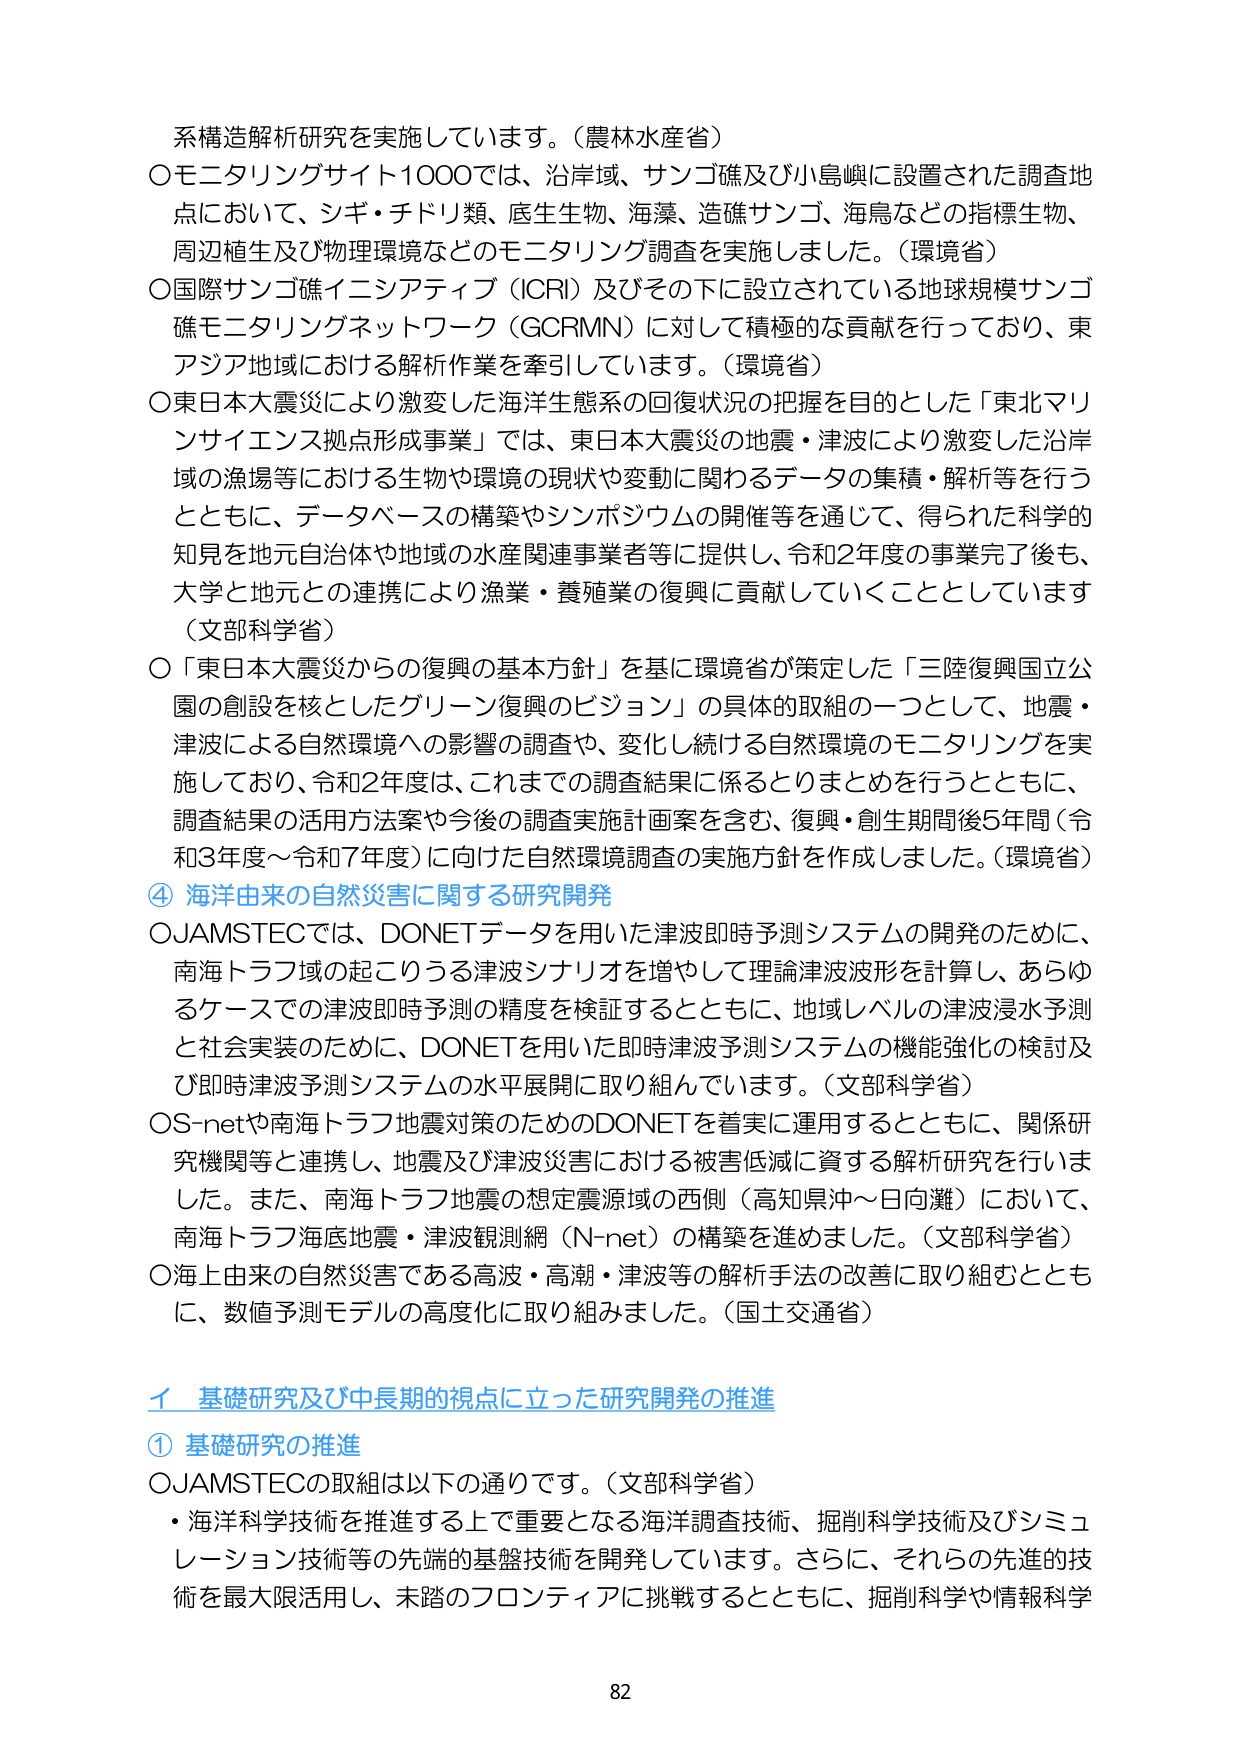
系構造解析研究を実施しています。（農林水産省）
○モニタリングサイト1000では、沿岸域、サンゴ礁及び小島嶼に設置された調査地点において、シギ・チドリ類、底生生物、海藻、造礁サンゴ、海鳥などの指標生物、周辺植生及び物理環境などのモニタリング調査を実施しました。（環境省）
○国際サンゴ礁イニシアティブ（ICRI）及びその下に設立されている地球規模サンゴ礁モニタリングネットワーク（GCRMN）に対して積極的な貢献を行っており、東アジア地域における解析作業を牽引しています。（環境省）
○東日本大震災により激変した海洋生態系の回復状況の把握を目的とした「東北マリンサイエンス拠点形成事業」では、東日本大震災の地震・津波により激変した沿岸域の漁場等における生物や環境の現状や変動に関わるデータの集積・解析等を行うとともに、データベースの構築やシンポジウムの開催等を通じて、得られた科学的知見を地元自治体や地域の水産関連事業者等に提供し、令和2年度の事業完了後も、大学と地元との連携により漁業・養殖業の復興に貢献していくこととしています（文部科学省）
○「東日本大震災からの復興の基本方針」を基に環境省が策定した「三陸復興国立公園の創設を核としたグリーン復興のビジョン」の具体的取組の一つとして、地震・津波による自然環境への影響の調査や、変化し続ける自然環境のモニタリングを実施しており、令和2年度は、これまでの調査結果に係るとりまとめを行うとともに、調査結果の活用方法案や今後の調査実施計画案を含む、復興・創生期間後5年間（令和3年度～令和7年度）に向けた自然環境調査の実施方針を作成しました。（環境省）
④ 海洋由来の自然災害に関する研究開発
○JAMSTECでは、DONETデータを用いた津波即時予測システムの開発のために、南海トラフ域の起こりうる津波シナリオを増やして理論津波波形を計算し、あらゆるケースでの津波即時予測の精度を検証するとともに、地域レベルの津波浸水予測と社会実装のために、DONETを用いた即時津波予測システムの機能強化の検討及び即時津波予測システムの水平展開に取り組んでいます。（文部科学省）
○S-netや南海トラフ地震対策のためのDONETを着実に運用するとともに、関係研究機関等と連携し、地震及び津波災害における被害低減に資する解析研究を行いました。また、南海トラフ地震の想定震源域の西側（高知県沖～日向灘）において、南海トラフ海底地震・津波観測網（N-net）の構築を進めました。（文部科学省）
○海上由来の自然災害である高波・高潮・津波等の解析手法の改善に取り組むとともに、数値予測モデルの高度化に取り組みました。（国土交通省）
イ 基礎研究及び中長期的視点に立った研究開発の推進
① 基礎研究の推進
○JAMSTECの取組は以下の通りです。（文部科学省）
・海洋科学技術を推進する上で重要となる海洋調査技術、掘削科学技術及びシミュレーション技術等の先端的基盤技術を開発しています。さらに、それらの先進的技術を最大限活用し、未踏のフロンティアに挑戦するとともに、掘削科学や情報科学
82